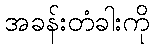
အခန်းတံခါးကို